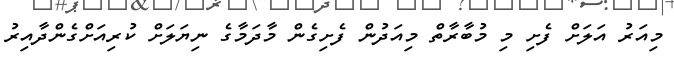
މިއަރު އަލަށް ފެށި މި މުބާރާތް މިއަދުން ފެށިގެން މާދަމާގެ ނިޔަލަށް ކުރިއަށްގެންދާއިރު